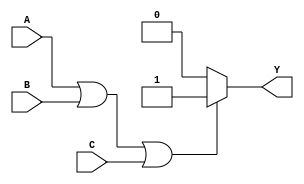
module OR_gate(input A, input B, input C, output reg Y);

always @(A or B or C)
begin
    if (A | B | C)
        Y = 1;
    else
        Y = 0;
end

endmodule